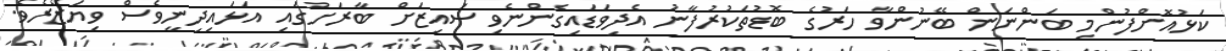
ކަޅުއޮށްފުންމި ބަންނަން ބޭނުންވާ ހަރުގެ ބޮޑުތަކުރުފާނު އެދިވަޑައިގެންނެވި ސައިޒަށް ބާރަށުގައި އަޅައިދިނީވެސް ވިޔަޒޯރެވެ.